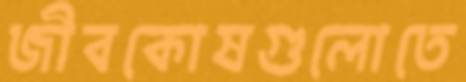
জীবকোষগুলোতে